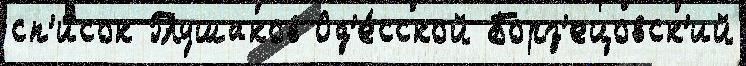
сп'и́сок Глушаков Од'е́сской Борз'ецовск'ий